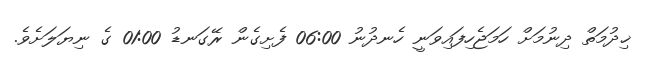
ޚިދުމަތް ދިނުމަށް ހަމަޖެހިފައިވަނީ ހެނދުނު 06:00 ފެށިގެން ރޭގަނޑު 01:00 ގެ ނިޔަލަށެވެ.